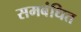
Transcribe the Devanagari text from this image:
समबंधित